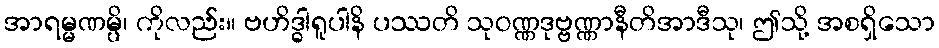
အာရမ္မဏမ္ပိ၊ ကိုလည်း။ ဗဟိဒ္ဓါရူပါနိ ပဿတိ သုဝဏ္ဏဒုဗ္ဗဏ္ဏာနီတိအာဒီသု၊ ဤသို့ အစရှိသော